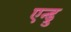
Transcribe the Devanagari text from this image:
एन्ड्रु